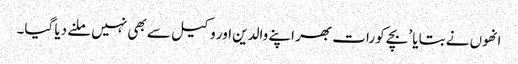
انھوں نے بتایا ’بچے کو رات بھر اپنے والدین اور وکیل سے بھی نہیں ملنے دیا گیا۔